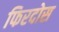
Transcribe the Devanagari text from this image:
फिरदोस